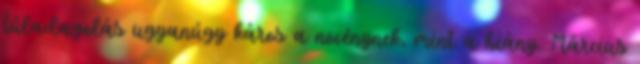
túladagolás ugyanúgy káros a növénynek, mint a hiány. Március